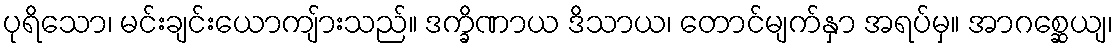
ပုရိသော၊ မင်းချင်းယောကျ်ားသည်။ ဒက္ခိဏာယ ဒိသာယ၊ တောင်မျက်နှာ အရပ်မှ။ အာဂစ္ဆေယျ၊